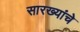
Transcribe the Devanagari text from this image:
सारख्यांचे